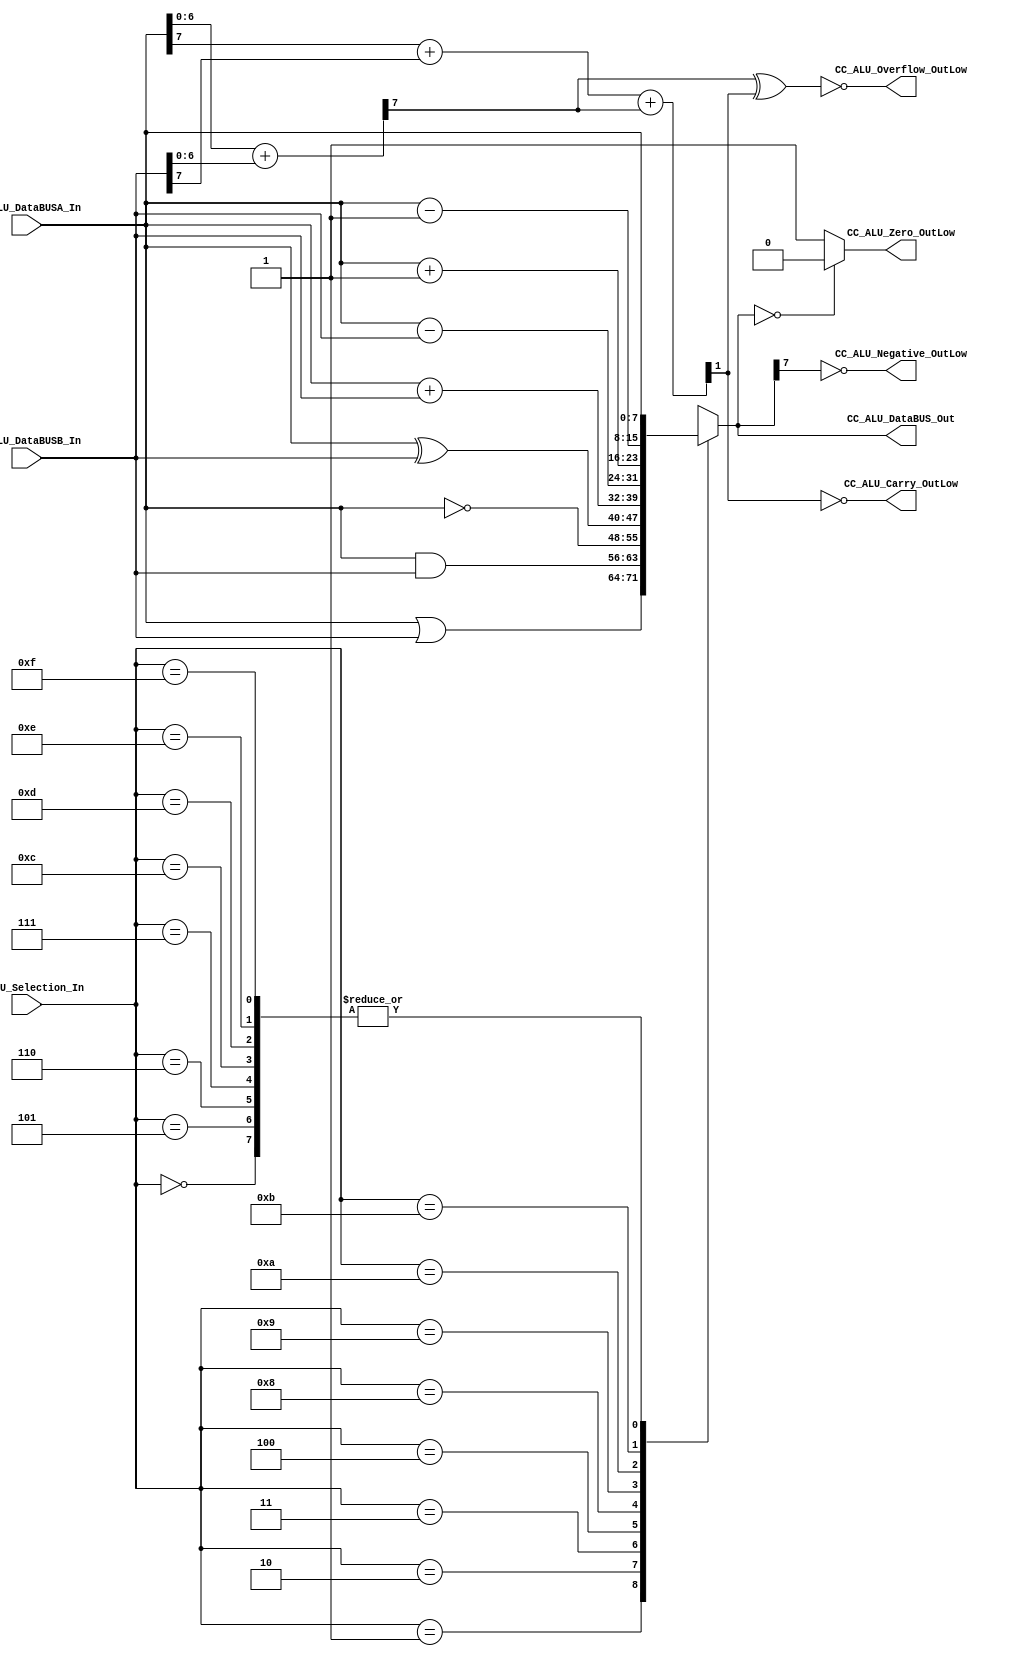
//##########################################################################
//######					G0B1T HDL EXAMPLES											####
//######	Fredy Enrique Segura-Quijano fsegura@uniandes.edu.co				####   
//######																						####   
//######				MODIFICADO: Marzo de 2018 - FES								####   
//##########################################################################
//# G0B1T
//# Copyright (C) 2018 Bogot, Colombia
//# 
//# This program is free software: you can redistribute it and/or modify
//# it under the terms of the GNU General Public License as published by
//# the Free Software Foundation, version 3 of the License.
//#
//# This program is distributed in the hope that it will be useful,
//# but WITHOUT ANY WARRANTY; without even the implied warranty of
//# MERCHANTABILITY or FITNESS FOR A PARTICULAR PURPOSE.  See the
//# GNU General Public License for more details.
//#
//# You should have received a copy of the GNU General Public License
//# along with this program.  If not, see <http://www.gnu.org/licenses/>.
//#/
//###########################################################################

//=======================================================
//  MODULE Definition
//=======================================================
module CC_ALU #(parameter DATAWIDTH_BUS=8, parameter DATAWIDTH_ALU_SELECTION=4)(
	//////////// OUTPUTS //////////
	CC_ALU_Overflow_OutLow,
	CC_ALU_Carry_OutLow,
	CC_ALU_Negative_OutLow,
	CC_ALU_Zero_OutLow,
	CC_ALU_DataBUS_Out,
	//////////// INPUTS //////////
	CC_ALU_DataBUSA_In,
	CC_ALU_DataBUSB_In,
	CC_ALU_Selection_In
);
//=======================================================
//  PARAMETER declarations
//=======================================================

//=======================================================
//  PORT declarations
//=======================================================
	output 			CC_ALU_Overflow_OutLow;
	output 			CC_ALU_Carry_OutLow;
	output 			CC_ALU_Negative_OutLow;
	output 			CC_ALU_Zero_OutLow;
	output reg		[DATAWIDTH_BUS-1:0] CC_ALU_DataBUS_Out;
	input			[DATAWIDTH_BUS-1:0] CC_ALU_DataBUSA_In;
	input			[DATAWIDTH_BUS-1:0] CC_ALU_DataBUSB_In;
	input			[DATAWIDTH_ALU_SELECTION-1:0] CC_ALU_Selection_In;
//=======================================================
//  REG/WIRE declarations
//=======================================================
	wire caover,cout;
	wire [DATAWIDTH_BUS-2:0] addition0; // Variable usada para la operacin suma y para determinar las flags
	wire addition1;		// Variable usada para la operacin suma y para determinar las flags
//=======================================================
//  Structural coding
//=======================================================
//INPUT LOGIC: COMBINATIONAL
	always@(*)
	begin
	case (CC_ALU_Selection_In)	
		4'b0000:  CC_ALU_DataBUS_Out = CC_ALU_DataBUSA_In; 					//BUSA
		4'b0001:  CC_ALU_DataBUS_Out = CC_ALU_DataBUSA_In | CC_ALU_DataBUSB_In;	//OR
		4'b0010:  CC_ALU_DataBUS_Out = CC_ALU_DataBUSA_In & CC_ALU_DataBUSB_In;	//AND
		4'b0011:  CC_ALU_DataBUS_Out = ~CC_ALU_DataBUSA_In;					//NOT
		4'b0100:  CC_ALU_DataBUS_Out = CC_ALU_DataBUSA_In ^ CC_ALU_DataBUSB_In;	//XOR
		4'b0101:  CC_ALU_DataBUS_Out = CC_ALU_DataBUSA_In;					//BUSA Can be other function
		4'b0110:  CC_ALU_DataBUS_Out = CC_ALU_DataBUSA_In;					//BUSA Can be other function
		4'b0111:  CC_ALU_DataBUS_Out = CC_ALU_DataBUSA_In;					//BUSA Can be other function

		4'b1000:  CC_ALU_DataBUS_Out = CC_ALU_DataBUSA_In + CC_ALU_DataBUSB_In;	//ADD
		4'b1001:  CC_ALU_DataBUS_Out = CC_ALU_DataBUSA_In - CC_ALU_DataBUSB_In;	//SUB
		4'b1010:  CC_ALU_DataBUS_Out = CC_ALU_DataBUSA_In + 1'b1;				//INCREMENT A
		4'b1011:  CC_ALU_DataBUS_Out = CC_ALU_DataBUSA_In - 1'b1;				//DECREMENT A
		4'b1100:  CC_ALU_DataBUS_Out = CC_ALU_DataBUSA_In;					//BUSA Can be other function
		4'b1101:  CC_ALU_DataBUS_Out = CC_ALU_DataBUSA_In;					//BUSA Can be other function
		4'b1110:  CC_ALU_DataBUS_Out = CC_ALU_DataBUSA_In;					//BUSA Can be other function
		4'b1111:  CC_ALU_DataBUS_Out = CC_ALU_DataBUSA_In;					//BUSA DO NOTHING!!!!!!!!		
		default :  CC_ALU_DataBUS_Out = CC_ALU_DataBUSA_In; // channel 0 is selected
	endcase
	end
//=======================================================
//  Outputs
//=======================================================
/*Flags*/
assign {caover,addition0[DATAWIDTH_BUS-2:0]}=CC_ALU_DataBUSA_In[DATAWIDTH_BUS-2:0] + CC_ALU_DataBUSB_In[DATAWIDTH_BUS-2:0]; 	// Determinacin de carry del bit nmero 7
assign {cout,addition1}= CC_ALU_DataBUSA_In[DATAWIDTH_BUS-1] + CC_ALU_DataBUSB_In[DATAWIDTH_BUS-1] + caover;	// Determinacin de la flag Carry y la suma de busA y busB
assign CC_ALU_Zero_OutLow=(CC_ALU_DataBUS_Out==8'b00000000) ? 1'b0 : 1'b1;	// Determinacin de la flag Zero
assign CC_ALU_Carry_OutLow = ~cout;
assign CC_ALU_Overflow_OutLow = ~ (caover ^ cout);		// Determinacin de la flag Ov a partir de la flag Carry y el carry del bit 7
assign CC_ALU_Negative_OutLow = ~ (CC_ALU_DataBUS_Out[DATAWIDTH_BUS-1]);	

endmodule